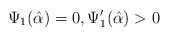
\begin{align*}\Psi_1(\hat\alpha)=0, \Psi_1'(\hat\alpha)>0\end{align*}